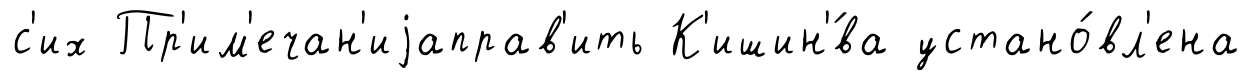
с'их Пр'им'ечан'иjаправ'ить К'ишин'́ва устано́вл'ена